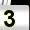
Digit: 3